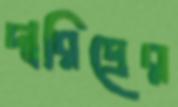
দারিদ্রের